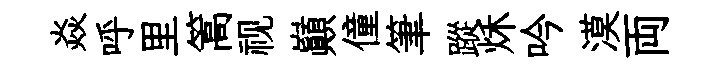
焱呼里篙视巔僮筆蹤秌吟漠両